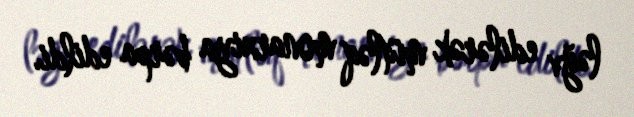
ləğv edilərək mütləq monarxiya bərpa edildi.